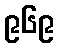
၉၆၉